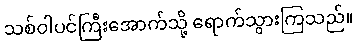
သစ်ဝါပင်ကြီးအောက်သို့ ရောက်သွားကြသည်။